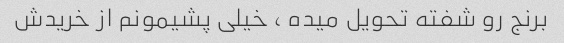
برنج رو شفته تحویل میده ، خیلی پشیمونم از خریدش